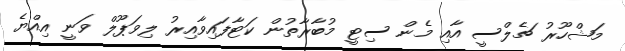
މަޝްހޫރު ޗެލްސީ އާއި މެން ސިޓީ މުބާރާތުން ކަޓާފައިވާއިރު ލިވަޕޫލް ވަނީ އިއްޔެ